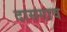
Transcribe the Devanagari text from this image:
दासगाव